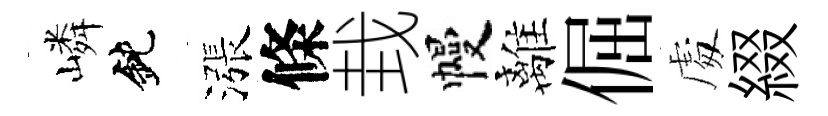
嶙鈍漲條㘽幔離倔䖏綴